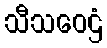
သီသဝေဌံ